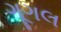
ગૂગલ